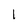
Character: 1